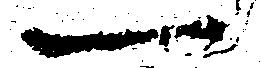
一